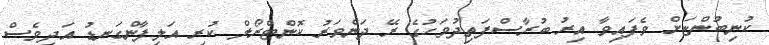
ކުނިބުންޏަށް ވެފައިވާ އިރު ބުރާސްފަތިދުވަހުގެ ރޭ ދަންވަރު ކޮންޓްރޯލް ކުރި އަލިފާންގަނޑު އަދިވެސް